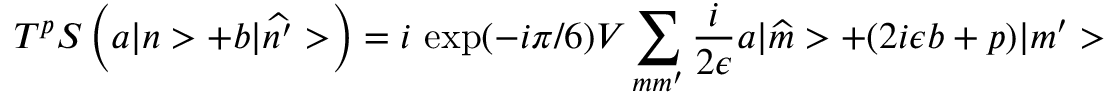
T ^ { p } S \left( a | n > + b | \widehat { n ^ { \prime } } > \right) = i \ \mathrm { e x p } ( - i \pi / 6 ) V \sum _ { m m ^ { \prime } } \frac { i } { 2 \epsilon } a | \widehat { m } > + ( 2 i \epsilon b + p ) | m ^ { \prime } >